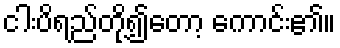
ငါးပိရည်တို့၍တော့ ကောင်း၏။